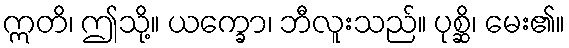
ဣတိ၊ ဤသို့။ ယက္ခော၊ ဘီလူးသည်။ ပုစ္ဆိ၊ မေး၏။